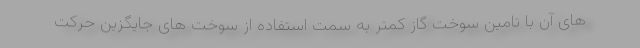
های آن با تامین سوخت گاز کمتر به سمت استفاده از سوخت های جایگزین حرکت